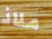
ملاذ